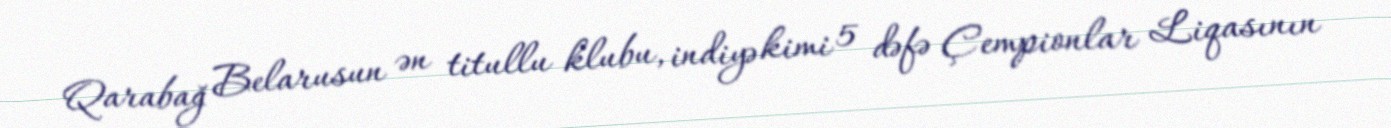
Qarabağ Belarusun ən titullu klubu, indiyə kimi 5 dəfə Çempionlar Liqasının